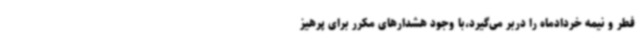
فطر و نیمه خردادماه را دربر می‌گیرد،با وجود هشدارهای مکرر برای پرهیز